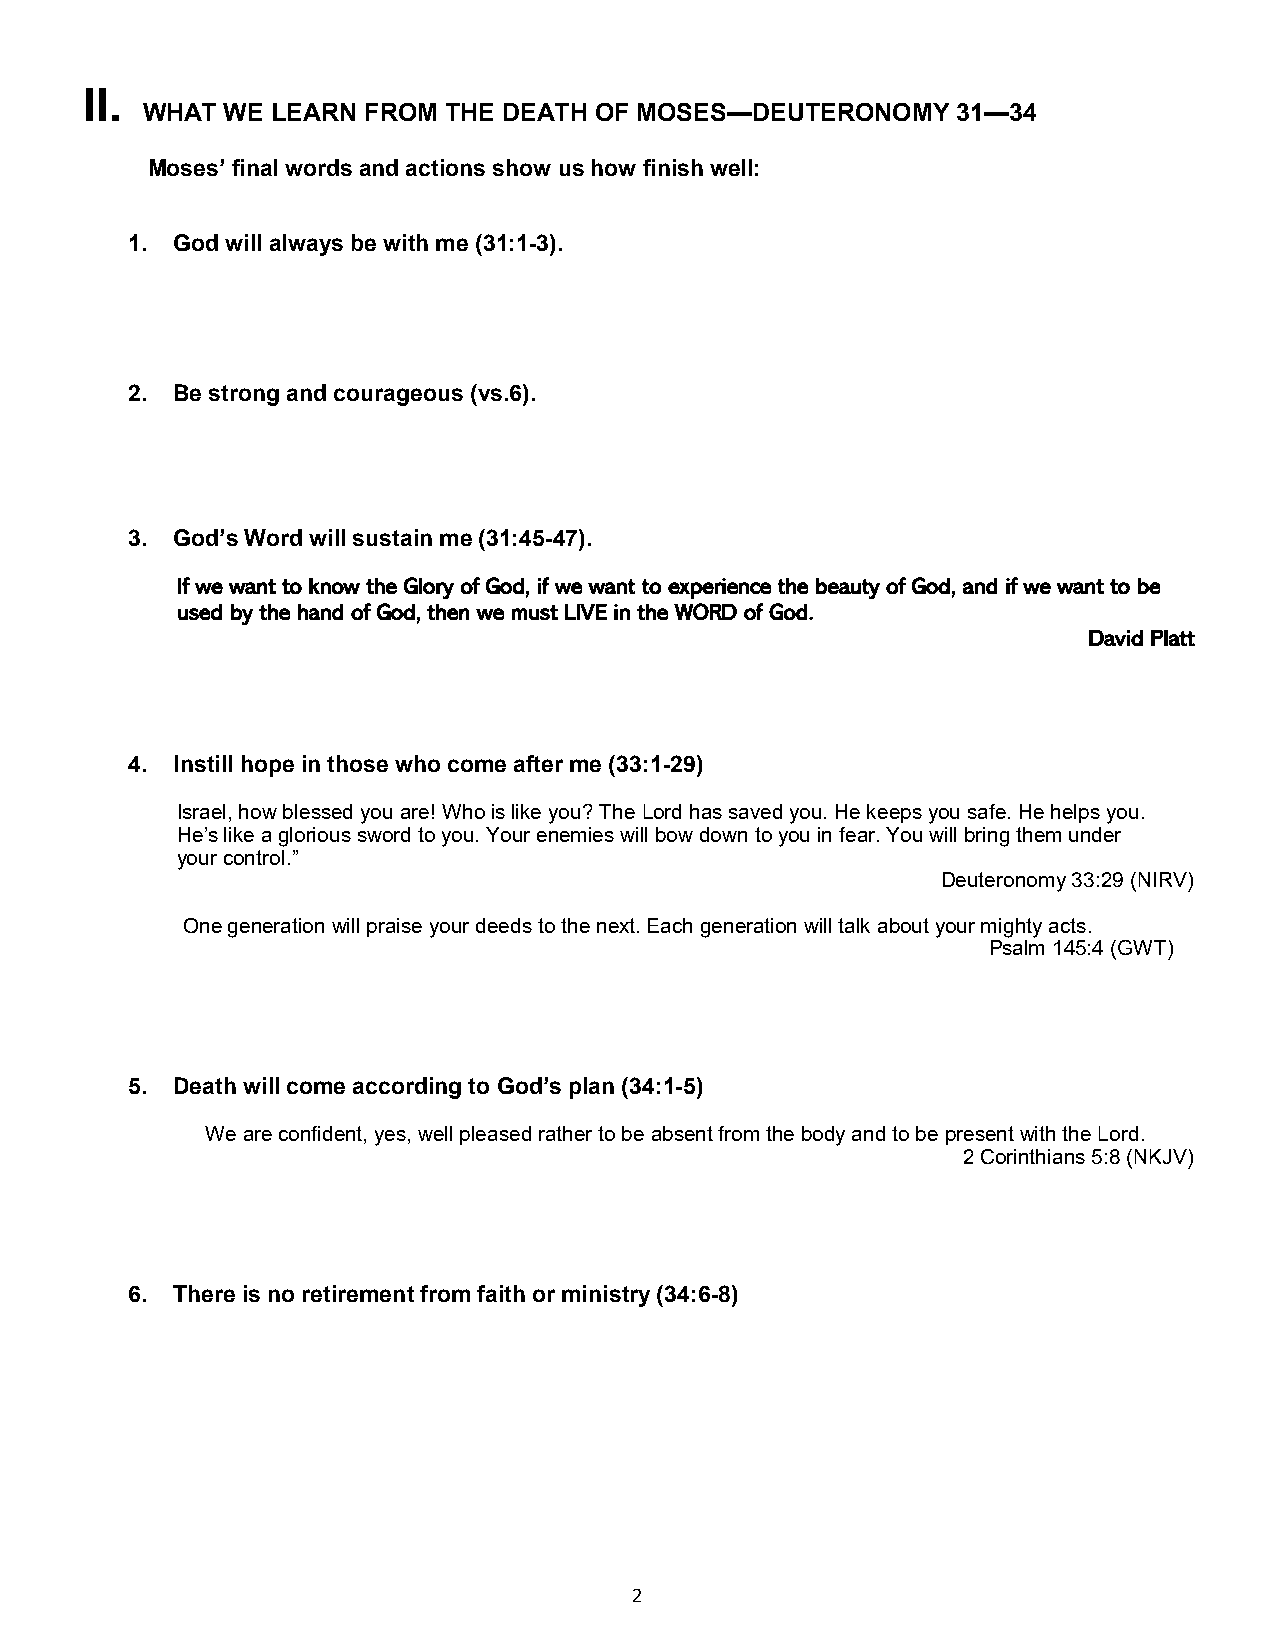
II.
 WHAT  WE LEARN FROM THE DEATH OF MOSES—DEUTERONOMY    31—34
 Moses’ final words and actions show us how finish well:
 1. God will always be with me (31:1-3).
 2. Be strong and courageous (vs.6).
 3. God’s Word will sustain me (31:45-47).
 If we want to know the Glory of God, if we want to experience the beauty of God, and if we want to be
 used by the hand of God, then we must LIVE in the WORD of God.
 David Platt
 4. Instill hope in those who come after me (33:1-29)
 Israel, how blessed you are! Who is like you? The Lord has saved you. He keeps you safe. He helps you.
 He’s like a glorious sword to you. Your enemies will bow down to you in fear. You will bring them under
 your control.”
 Deuteronomy 33:29 (NIRV)
 One generation will praise your deeds to the next. Each generation will talk about your mighty acts.
 Psalm 145:4 (GWT)
 5. Death will come according to God’s plan (34:1-5)
 We are confident, yes, well pleased rather to be absent from the body and to be present with the Lord.
 2 Corinthians 5:8 (NKJV)
 6. There is no retirement from faith or ministry (34:6-8)
 2